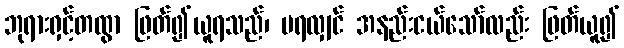
ဘုရားရှင့်တထွာ ဖြတ်၍ယူရသည်၊ မရလျှင် အနည်းငယ်သော်လည်း ဖြတ်ယူ၍